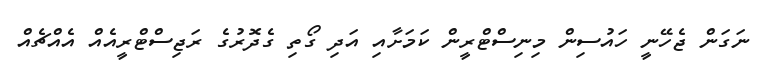
ނަގަން ޖެހޭނީ ހައުސިން މިނިސްޓްރީން ކަމަށާއި އަދި ގޯތި ގެދޮރުގެ ރަޖިސްޓްރީއެއް އެއްޗެއް